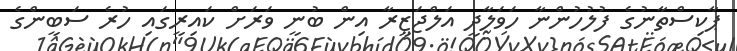
ޕާކިސްތާނުގެ ފުލުހުންނާ ހަވަލާދީ އަލްޖަޒީރާ އިން ބުނީ ވަރަށް ކައިރީގައި ހުރެ ސަބީންގެ